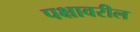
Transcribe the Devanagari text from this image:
पक्षावरील